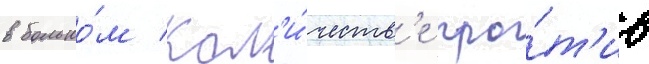
в большо́м кол'и́честв'е про́т'ив